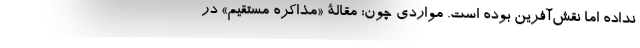
نداده اما نقش‌آفرین بوده است. مواردی چون: مقالۀ «مذاکره مستقیم» در